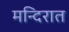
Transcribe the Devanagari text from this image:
मन्दिरात